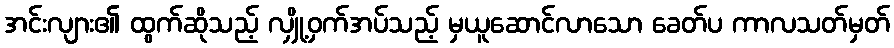
အင်းလျား၏ ထွက်ဆိုသည့် လျှို့ဝှက်အပ်သည့် မှယူဆောင်လာသော ခေတ်ပ ကာလသတ်မှတ်